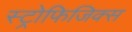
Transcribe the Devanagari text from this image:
स्ट्रोफिजिक्स